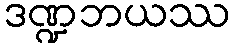
ဒဏ္ဍဘယဿ